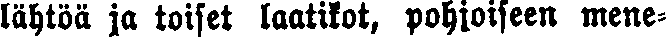
lähtöä ja toiset laatikot, pohjoiseen mene-